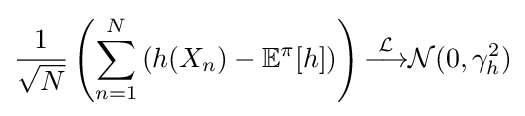
{\frac {1}{\sqrt {N}}}\left(\sum _{n=1}^{N}\left(h(X_{n})-\mathbb {E} ^{\pi }[h]\right)\right){\overset {\mathcal {L}}{\longrightarrow }}{\mathcal {N}}(0,\gamma _{h}^{2})